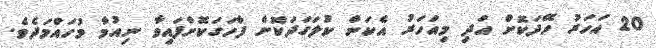
20 އަހަރު ހޭދަކޮށް އަދި މިއަހަރު އެކަން ކުލަގަދަކޮށް ފާހަގަކޮށްފައިވާ ނިއުމާ މުހައްމަދެވެ.